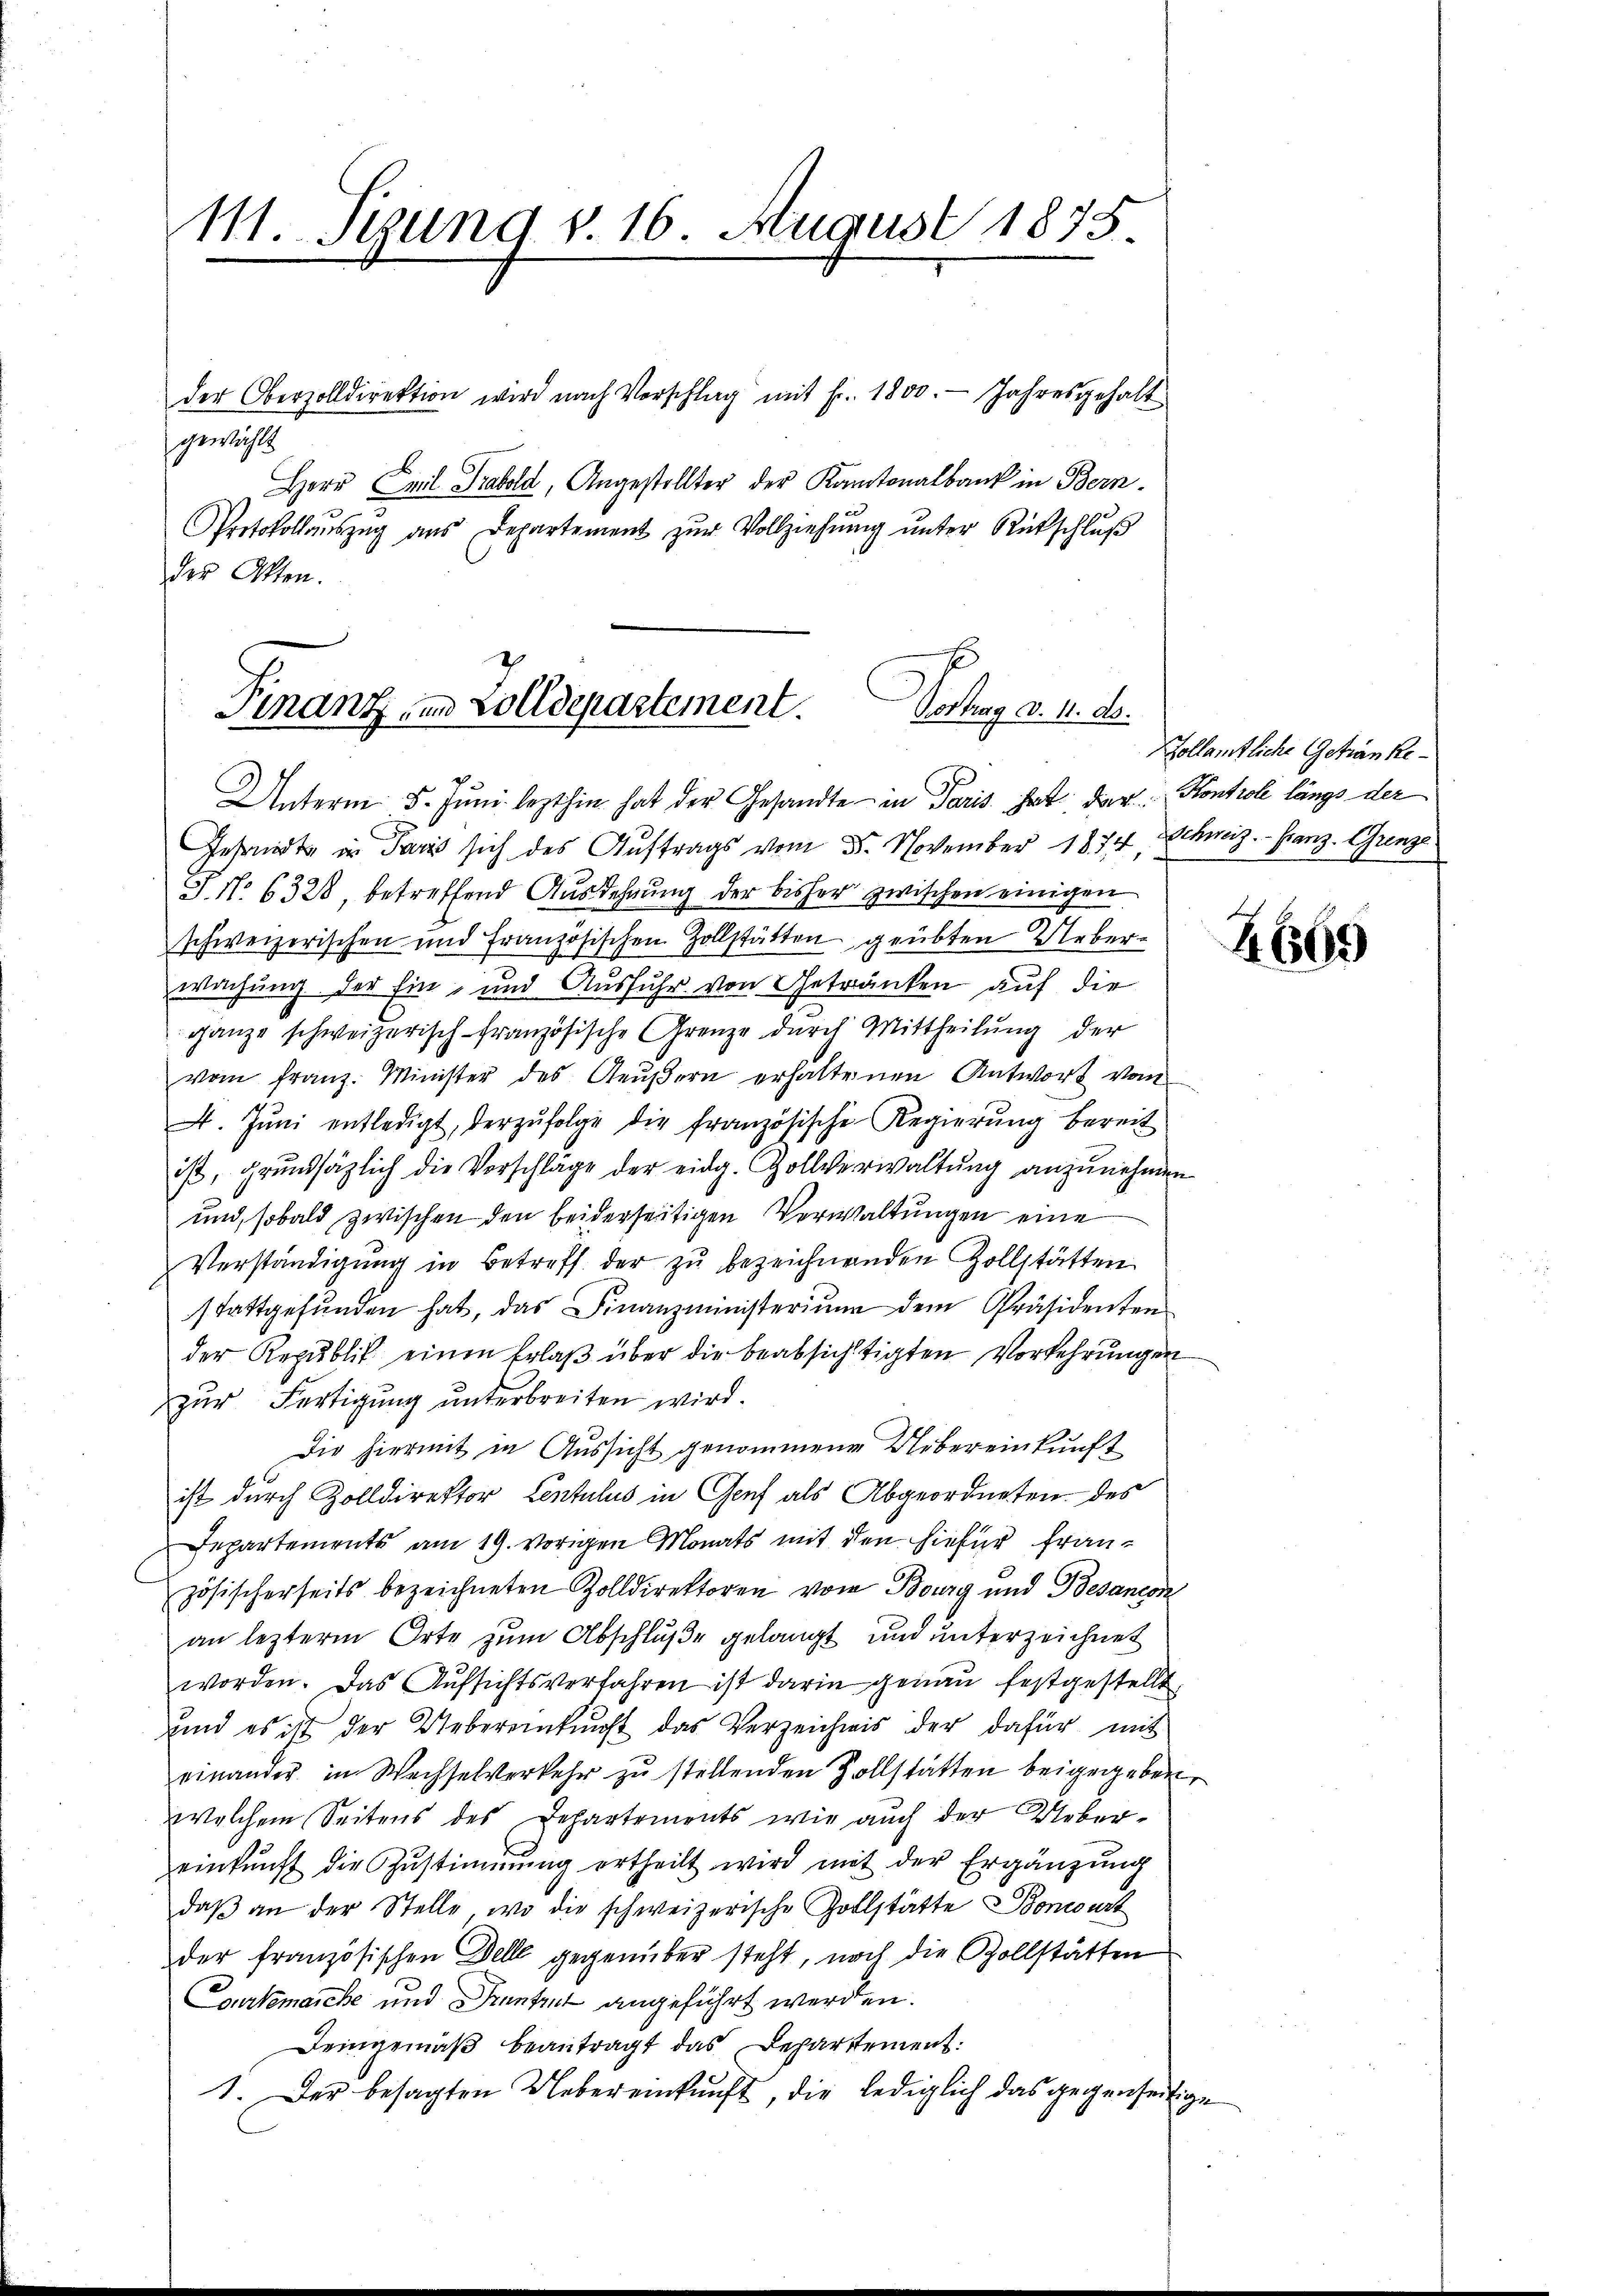
M. Syung v. 16. August 1875.

der Oberzolldirektion wird nach Vorschlag mit Fr. 1800. Jahresgehalt
gewählt
Herr Emil Trabold, Angestellter der Kantonalbank in Bern.
Protokollaŭszŭg aŭs Departement zŭr Vollziehŭng ŭnter Rückschlŭβ
der Akten.

Finanz und Zolldepartement.
Vortrag d. d. Js.

Unterm 5. Juni lezthin hat der Gesandte - in Paris hat der Kontrole längs der
Gesandte in Paris sich des Auftrags vom 5. November 1874, Schweiz.- Franz. Grenze.
Fr. 6328, betreffend Ausdehnung der bisher zwischen einigen
schweizerischen und Französischen Zollstätten geübten Ueberwachung der Ein- und Ausfuhr von Getränken auf die
ganze schweizerisch-französische Grenze durch Mittheilŭng der
vom franz. Minister des Aeŭβern erhaltenen Antwort vom
A. Jŭni entledigt, der zŭfolge die französische Regierŭng bereit
ist, grundsätzlich die Vorschläge der eidg. Zollverwaltung anzunehmen
und, sobald zwischen den beiderseitigen Verwaltungen eine
Verständigung in Betreff der zu bezeichnenden Zollstätten
stattgefŭnden hat, das Finanzministerium dem Präsidenten
der Republik einen Erlaβ über die beabsichtigten Vorkehrungen
zur Fertigung unterbreiten wird.
Die hiermit in Aussicht genommene Uebereinkunft
ist durch Zolldirektor Contulus in Genf als Abgeordneten des
Departements am 19. vorigen Monats mit den hiefür französischerseits bezeichneten Zolldirektoren vom Bourg und Besanern
an lezterm Orte zum Abschluße gelangt und unterzeichnet
worden. Das Aŭfsichtsverfahren ist darin genau festgestellt,
und es ist der Ueberenkunft das Verzeichnis der dafür mit
einander in Wechselverkehr zu stellenden Zollstätten beigegeben,
welchem Seitens des Departemonts wie auch der Uebereinkunft die Zŭstimmung ertheilt wird mit der Ergänzŭng
daβ an der Stelle, wo die schweizerische Zollstätte Boncourt
der französischen Dell gegenüber steht, noch die Zollstätten
Coulemanche und Krantzet angeführt werden.
Deingemäß beantragt das Departement:
1. Der besagten Uebereinkunft, die lediglich das gegenseitige

Hollämtliche Getränke¬

Z.669